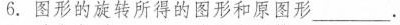
6.图形的旋转所得的图形和原图形___.